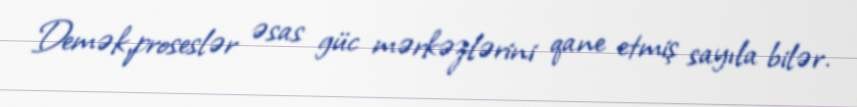
Demək,proseslər əsas güc mərkəzlərini qane etmiş sayıla bilər.